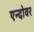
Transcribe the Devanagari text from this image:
एन्दोवर